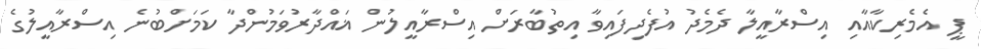
ޕީ އެމެރިކާއާއި އިސްރާއީލާ ދެމެދު އުފެދިފައިވާ އިތުބާރަށް އިސްރާއީލުން ޣައްދާރުވަމުންދާ ކަމަށްބުނެ އިސްރާއީލުގެ